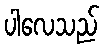
ပါလေသည်